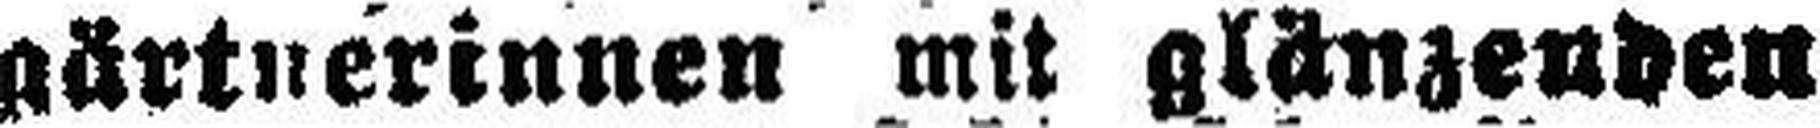
gärtnerinnen mit glänzenden